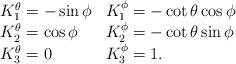
LaTeX: \begin{align*}\begin{array}{l l }K_{1}^{\theta}=-\sin\phi &K_{1}^{\phi}=-\cot\theta\cos\phi \\ K_{2}^{\theta}=\cos\phi &K_{2}^{\phi}=-\cot\theta\sin\phi \\K_{3}^{\theta}=0 &K_{3}^{\phi}= 1 . \\\end{array}\end{align*}